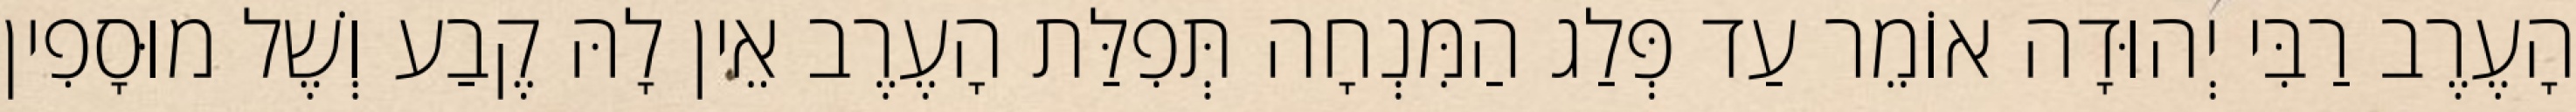
הָעֶרֶב רַבִּי יְהוּדָה אוֹמֵר עַד פְּלַג הַמִּנְחָה תְּפִלַּת הָעֶרֶב אֵין לָהּ קֶבַע וְשֶׁל מוּסָפִין